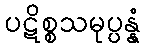
ပဋိစ္စသမုပ္ပန္နံ